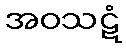
အဝသဋံ